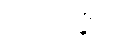
တွံ မံ ဂစ္ဆသိ။